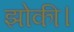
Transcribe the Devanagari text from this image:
झोकी।